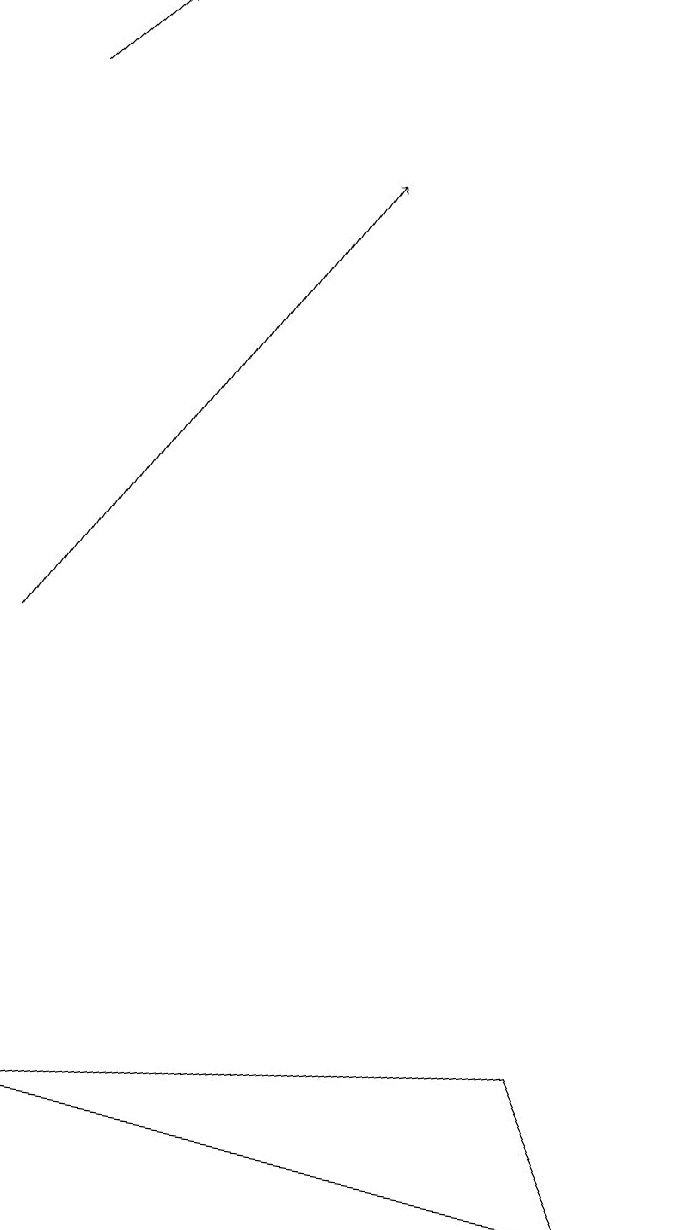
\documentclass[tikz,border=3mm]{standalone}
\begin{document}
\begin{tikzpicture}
\draw[->] (0,17) -- (1,18);
\draw (7,5) -- (8,3) -- (0,4) -- cycle;
\draw[->] (0,10) -- (4,16);
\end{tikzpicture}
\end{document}